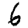
Digit: 6